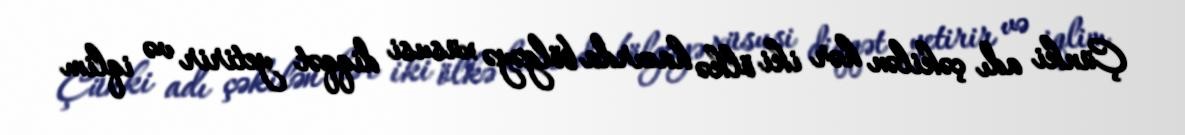
Çünki adı çəkilən hər iki ölkə hazırda bölgəyə xüsusi diqqət yetirir və iqlim